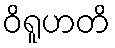
ဝိရူဟတိ